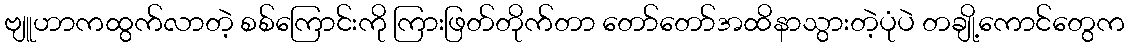
ဗျူဟာကထွက်လာတဲ့ စစ်ကြောင်းကို ကြားဖြတ်တိုက်တာ တော်တော်အထိနာသွားတဲ့ပုံပဲ တချို့ကောင်တွေက